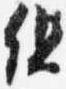
但